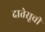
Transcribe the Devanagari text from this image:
दातेसूची